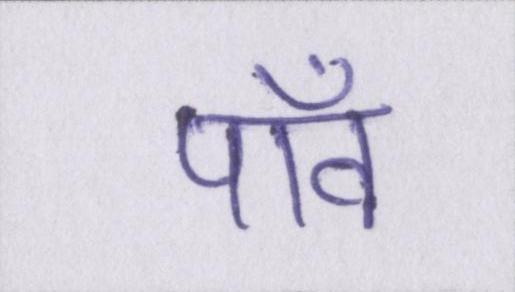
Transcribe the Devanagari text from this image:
पाँव